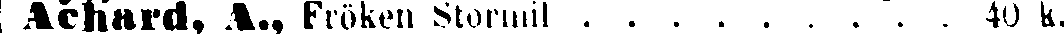
Achard, A., Fröken Stormil . . . . . . . . . 40 k.